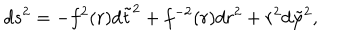
d s ^ { 2 } = - f ^ { 2 } ( r ) d \tilde { t } ^ { 2 } + f ^ { - 2 } ( r ) d r ^ { 2 } + r ^ { 2 } d \tilde { \varphi } ^ { 2 } ,